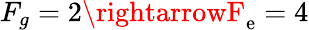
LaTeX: F_{g}=2\rightarrowF_{\mathrm{e}}=4